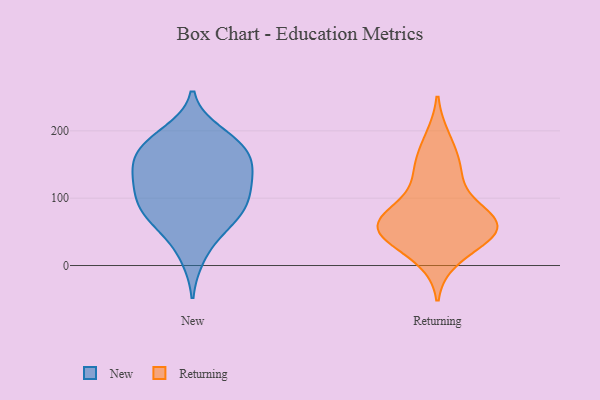
{"axis": {"x": "Revenue (USD Million)", "y": "Value"}, "legend": ["New", "Returning"], "data": [{"x": "", "y": 107, "type": "New"}, {"x": "", "y": 114, "type": "New"}, {"x": "", "y": 137, "type": "New"}, {"x": "", "y": 86, "type": "New"}, {"x": "", "y": 162, "type": "New"}, {"x": "", "y": 137, "type": "New"}, {"x": "", "y": 53, "type": "New"}, {"x": "", "y": 106, "type": "New"}, {"x": "", "y": 175, "type": "New"}, {"x": "", "y": 80, "type": "New"}, {"x": "", "y": 80, "type": "New"}, {"x": "", "y": 197, "type": "New"}, {"x": "", "y": 184, "type": "New"}, {"x": "", "y": 143, "type": "New"}, {"x": "", "y": 62, "type": "New"}, {"x": "", "y": 13, "type": "New"}, {"x": "", "y": 183, "type": "New"}, {"x": "", "y": 156, "type": "New"}, {"x": "", "y": 66, "type": "Returning"}, {"x": "", "y": 54, "type": "Returning"}, {"x": "", "y": 64, "type": "Returning"}, {"x": "", "y": 56, "type": "Returning"}, {"x": "", "y": 149, "type": "Returning"}, {"x": "", "y": 33, "type": "Returning"}, {"x": "", "y": 10, "type": "Returning"}, {"x": "", "y": 59, "type": "Returning"}, {"x": "", "y": 189, "type": "Returning"}, {"x": "", "y": 110, "type": "Returning"}, {"x": "", "y": 79, "type": "Returning"}, {"x": "", "y": 145, "type": "Returning"}, {"x": "", "y": 50, "type": "Returning"}]}